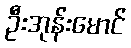
ဦးအုန်းမောင်